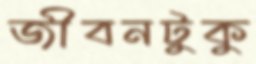
জীবনটুকু